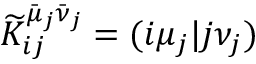
\widetilde { K } _ { i j } ^ { \bar { \mu } _ { j } \bar { \nu } _ { j } } = ( i \mu _ { j } \vert j \nu _ { j } )